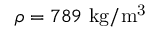
\rho = 7 8 9 ~ \mathrm { { k g / m ^ { 3 } } }